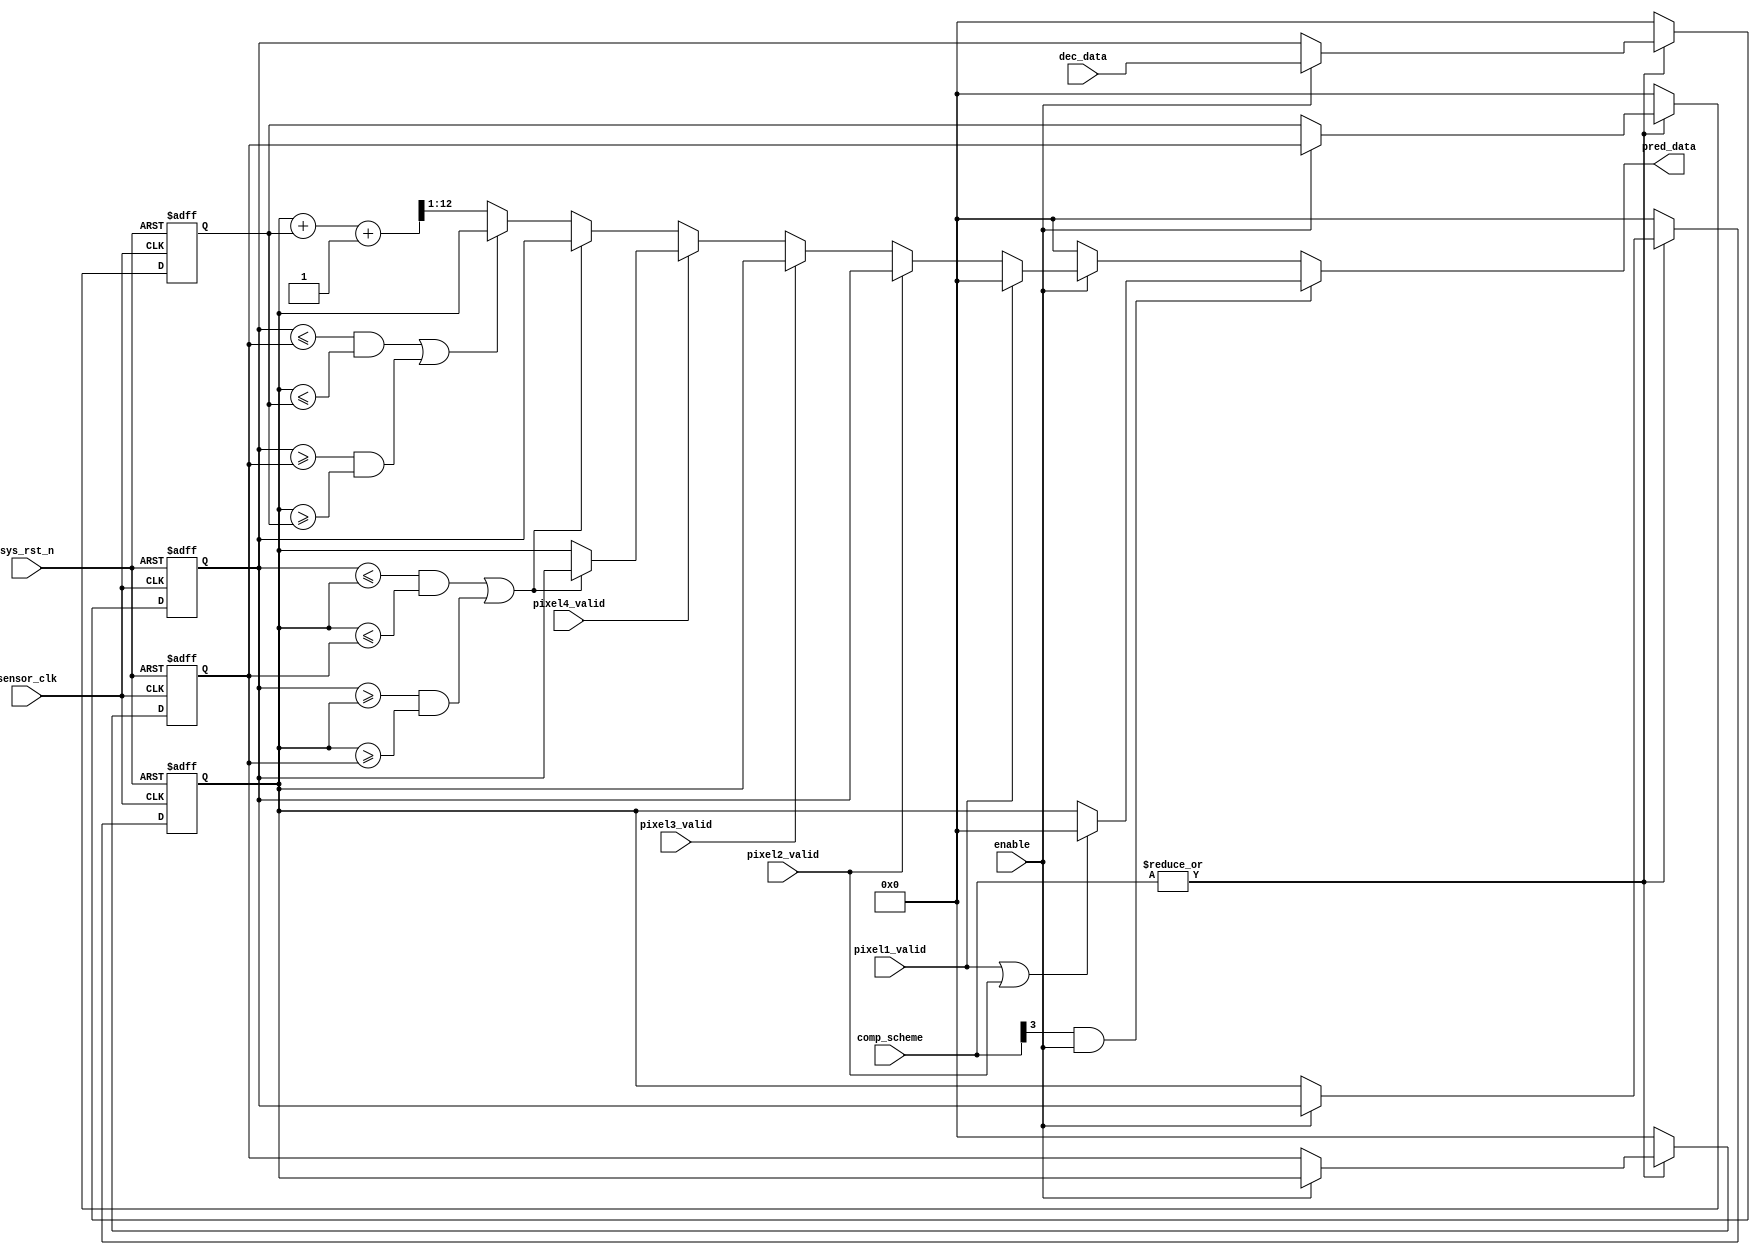
module csi2tx_predictor (
  input  wire                      sensor_clk,
  input  wire                      sys_rst_n,
  input  wire [4:0]                comp_scheme,
  input  wire                      enable,
  input  wire [11:0]               dec_data,
  input  wire                      pixel1_valid,
  input  wire                      pixel2_valid,
  input  wire                      pixel3_valid,
  input  wire                      pixel4_valid,

  output reg [11:0]                pred_data
);

// Declaration of nets used in the instantiation wiring
// CM TRANSLATE OFF

wire [11:0] dec_n_min_1;
wire [11:0] dec_n_min_2;
wire [11:0] dec_n_min_3;
wire [11:0] dec_n_min_4;
wire prediction_1_en;

//-----------------------------------------------------------------------------
// Register the incoming stream for the predictor algorithm  
//-----------------------------------------------------------------------------
reg [11:0]  dec_data_d1;
reg [11:0]  dec_data_d2;
reg [11:0]  dec_data_d3;
reg [11:0]  dec_data_d4;

  wire compression_en = |comp_scheme;

always @(posedge sensor_clk or negedge sys_rst_n) begin
  if(sys_rst_n == 1'b0) begin
    dec_data_d1[11:0]  <= 'b0;
    dec_data_d2[11:0]  <= 'b0;
    dec_data_d3[11:0]  <= 'b0;
    dec_data_d4[11:0]  <= 'b0;
  end else if(~compression_en) begin
    dec_data_d1[11:0]  <= 'b0;
    dec_data_d2[11:0]  <= 'b0;
    dec_data_d3[11:0]  <= 'b0;
    dec_data_d4[11:0]  <= 'b0;
  end else if(enable) begin
      dec_data_d1[11:0] <= dec_data; 
      dec_data_d2[11:0] <= dec_data_d1; 
      dec_data_d3[11:0] <= dec_data_d2;
      dec_data_d4[11:0] <= dec_data_d3;
  end
end

// Route the appropriate z-1 decoder value for the pixel A predictor
assign dec_n_min_1 = dec_data_d1; 
assign dec_n_min_2 = dec_data_d2;
assign dec_n_min_3 = dec_data_d3;
assign dec_n_min_4 = dec_data_d4;

// Route the prediction algorithm to be used 
assign prediction_1_en = comp_scheme[3];

//-----------------------------------------------------------------------------
// Function used to predict the predictor value (predictor 2) for a given 
// set of z^-1,z^-2,z^-3,z^-4 decoder values
//-----------------------------------------------------------------------------
function [12:0] xpred;
input [11:0] xdec_n_min_1;
input [11:0] xdec_n_min_2;
input [11:0] xdec_n_min_3;
input [11:0] xdec_n_min_4;
begin
  if( ((xdec_n_min_1 <= xdec_n_min_2) && (xdec_n_min_2 <= xdec_n_min_3)) ||   
      ((xdec_n_min_1 >= xdec_n_min_2) && (xdec_n_min_2 >= xdec_n_min_3))) begin
    xpred = {1'b0,xdec_n_min_1};
  end else if(((xdec_n_min_1 <= xdec_n_min_3) && (xdec_n_min_2 <= xdec_n_min_4)) || 
              ((xdec_n_min_1 >= xdec_n_min_3) && (xdec_n_min_2 >= xdec_n_min_4)))begin
    xpred = {1'b0,xdec_n_min_2};
  end else begin  
    // To account for the overflow condition an additional bit is added 
    xpred = {1'b0,xdec_n_min_2} + {1'b0,xdec_n_min_4} + 13'd1;
    // Now right shift the prediction value 
    xpred = xpred >> 1; 
  end 
end 
endfunction

//-----------------------------------------------------------------------------
// Combinational logic to represent the next prediction value for the 
// predictor1 and predictor2 algorithm
// Note: The prediction value is one bit more to handle overflow condition  
//-----------------------------------------------------------------------------
always @(*) begin
  if(prediction_1_en & enable) begin
    if(pixel1_valid | pixel2_valid) begin
      pred_data = 12'h0;//dec_data;
    end
    else begin
      pred_data = {1'b0,dec_n_min_2}; 
    end
  end else if(enable) begin
    if(pixel1_valid) begin
      pred_data = 12'h0;//dec_data;
    end else if(pixel2_valid) begin
      pred_data = dec_n_min_1;
    end else if(pixel3_valid) begin
      pred_data = dec_n_min_2;
    end else if(pixel4_valid) begin
      if(((dec_n_min_1 <= dec_n_min_2) && (dec_n_min_2 <= dec_n_min_3)) ||  
         ((dec_n_min_1 >= dec_n_min_2) && (dec_n_min_2 >= dec_n_min_3))) begin
         pred_data = dec_n_min_1;
      end else begin
         pred_data = dec_n_min_2;
      end 
    end else begin
      pred_data = xpred(dec_n_min_1,dec_n_min_2,dec_n_min_3,dec_n_min_4);   
    end
  end else
    pred_data = 12'h0;
end


endmodule